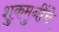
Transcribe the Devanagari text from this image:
शुकमुनींचे